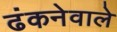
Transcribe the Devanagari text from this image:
ढंकनेवाले